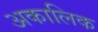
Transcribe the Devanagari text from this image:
अकालिक